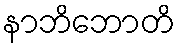
နာဘိဘောတိ